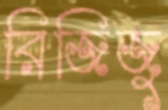
রিজিজু